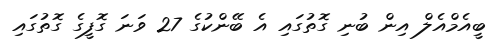
ބީއެމްއެލް އިން ބުނި ގޮތުގައި އެ ބޭންކުގެ 27 ވަނަ ގޮފީގެ ގޮތުގައި